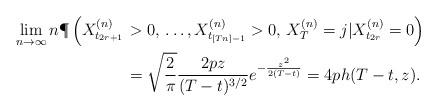
LaTeX: \begin{align*}\lim\limits_{n\to \infty}n\P\left(X_{t_{2r+1}}^{\left(n\right)}\right.&\left.>0,\,\ldots, X_{t_{[Tn]-1}}^{\left(n\right)}>0,\, X_{T}^{\left(n\right)}=j|X_{t_{2r}}^{\left(n\right)}=0\right)\\&=\sqrt{\frac{2}{\pi}}\frac{2pz}{(T-t)^{3/2}}e^{-\frac{z^2}{2(T-t)}}=4ph(T-t, z).\end{align*}